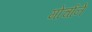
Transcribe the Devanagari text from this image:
मोर्चाने